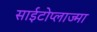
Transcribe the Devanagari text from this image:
साईटोप्लाज्मा